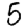
Digit: 5